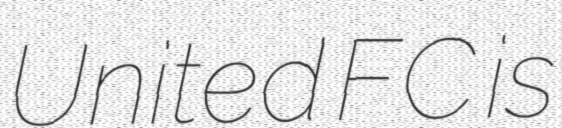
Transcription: United FC is